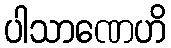
ပါသာဏေဟိ